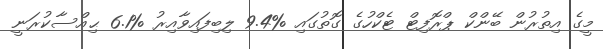
މީގެ އިތުރުން ބޭންކް ޕްރޮފިޓް ޓެކްހުގެ ގޮތުގައި %9.4 ލިބިފައިވާއިރު %6.1 ޙިއްސާކުރަނީ